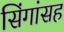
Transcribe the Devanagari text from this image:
सिंगांसह